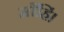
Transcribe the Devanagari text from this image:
माँहिं।